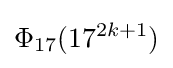
\Phi _{17}(17^{2k+1})